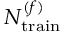
N _ { \mathrm { t r a i n } } ^ { ( f ) }